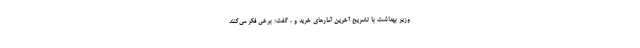
وزیر بهداشت با تشریح آخرین آمارهای خرید و ، گفت: برخی فکر می‌کنند